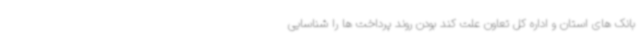
بانک های استان و اداره کل تعاون علت کند بودن روند پرداخت ها را شناسایی